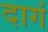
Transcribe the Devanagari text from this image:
दागं